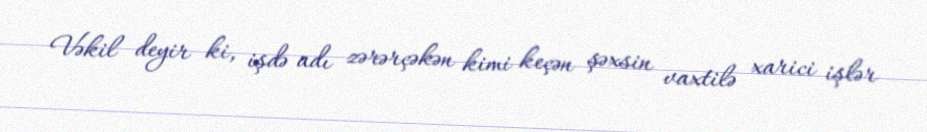
Vəkil deyir ki, işdə adı zərərçəkən kimi keçən şəxsin vaxtilə xarici işlər